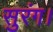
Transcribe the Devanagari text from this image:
सुरंग।